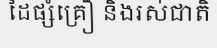
ដៃផ្សំគ្រឿ និងរស់ជាតិ